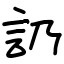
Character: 䚮